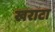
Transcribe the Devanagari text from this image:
खराटा